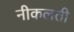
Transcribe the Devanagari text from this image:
नीकलती